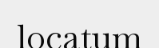
locatum